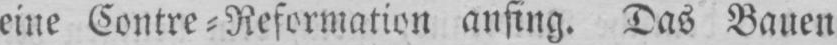
eine Contre⸗Reformation anfing. Das Bauen